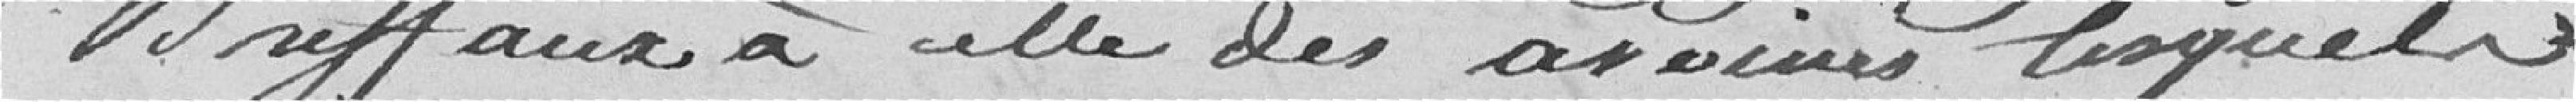
Briffaux à celle des avoines, lesquels